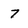
Character: 7